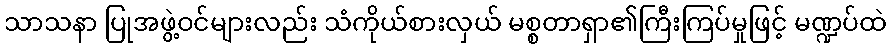
သာသနာ ပြုအဖွဲ့ဝင်များလည်း သံကိုယ်စားလှယ် မစ္စတာရှာ၏ကြီးကြပ်မှုဖြင့် မဏ္ဍပ်ထဲ